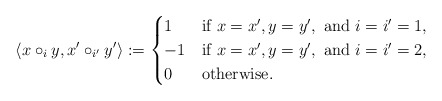
\begin{align*} \left\langle x \circ_i y, x' \circ_{i'} y' \right\rangle := \begin{cases} 1 & \mbox{if } x = x', y = y', \mbox{ and } i = i' = 1, \\ -1 & \mbox{if } x = x', y = y', \mbox{ and } i = i' = 2, \\ 0 & \mbox{otherwise}. \end{cases}\end{align*}